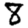
Digit: 8